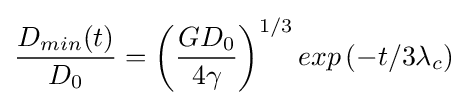
{\frac {D_{min}(t)}{D_{0}}}=\left({\frac {GD_{0}}{4\gamma }}\right)^{1/3}exp\left(-t/3\lambda _{c}\right)